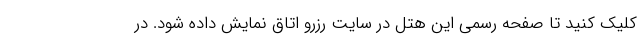
کلیک کنید تا صفحه رسمی این هتل در سایت رزرو اتاق نمایش داده شود. در